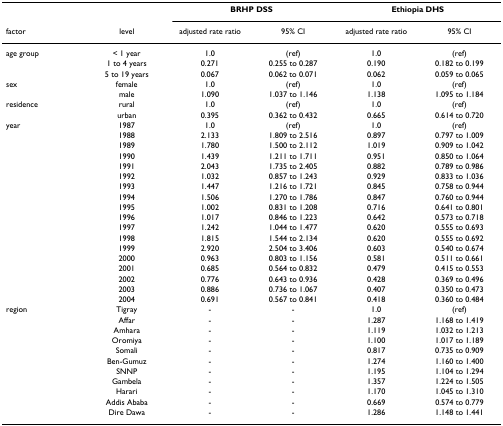
<table><thead><tr><td></td><td></td><td colspan="2"><b>BRHP DSS</b></td><td colspan="2"><b>Ethiopia DHS</b></td></tr><tr><td><b>factor</b></td><td><b>level</b></td><td><b>adjusted rate ratio</b></td><td><b>95% CI</b></td><td><b>adjusted rate ratio</b></td><td><b>95% CI</b></td></tr></thead><tbody><tr><td>age group</td><td>&lt; 1 year</td><td>1.0</td><td>(ref)</td><td>1.0</td><td>(ref)</td></tr><tr><td></td><td>1 to 4 years</td><td>0.271</td><td>0.255 to 0.287</td><td>0.190</td><td>0.182 to 0.199</td></tr><tr><td></td><td>5 to 19 years</td><td>0.067</td><td>0.062 to 0.071</td><td>0.062</td><td>0.059 to 0.065</td></tr><tr><td>sex</td><td>female</td><td>1.0</td><td>(ref)</td><td>1.0</td><td>(ref)</td></tr><tr><td></td><td>male</td><td>1.090</td><td>1.037 to 1.146</td><td>1.138</td><td>1.095 to 1.184</td></tr><tr><td>residence</td><td>rural</td><td>1.0</td><td>(ref)</td><td>1.0</td><td>(ref)</td></tr><tr><td></td><td>urban</td><td>0.395</td><td>0.362 to 0.432</td><td>0.665</td><td>0.614 to 0.720</td></tr><tr><td>year</td><td>1987</td><td>1.0</td><td>(ref)</td><td>1.0</td><td>(ref)</td></tr><tr><td></td><td>1988</td><td>2.133</td><td>1.809 to 2.516</td><td>0.897</td><td>0.797 to 1.009</td></tr><tr><td></td><td>1989</td><td>1.780</td><td>1.500 to 2.112</td><td>1.019</td><td>0.909 to 1.042</td></tr><tr><td></td><td>1990</td><td>1.439</td><td>1.211 to 1.711</td><td>0.951</td><td>0.850 to 1.064</td></tr><tr><td></td><td>1991</td><td>2.043</td><td>1.735 to 2.405</td><td>0.882</td><td>0.789 to 0.986</td></tr><tr><td></td><td>1992</td><td>1.032</td><td>0.857 to 1.243</td><td>0.929</td><td>0.833 to 1.036</td></tr><tr><td></td><td>1993</td><td>1.447</td><td>1.216 to 1.721</td><td>0.845</td><td>0.758 to 0.944</td></tr><tr><td></td><td>1994</td><td>1.506</td><td>1.270 to 1.786</td><td>0.847</td><td>0.760 to 0.944</td></tr><tr><td></td><td>1995</td><td>1.002</td><td>0.831 to 1.208</td><td>0.716</td><td>0.641 to 0.801</td></tr><tr><td></td><td>1996</td><td>1.017</td><td>0.846 to 1.223</td><td>0.642</td><td>0.573 to 0.718</td></tr><tr><td></td><td>1997</td><td>1.242</td><td>1.044 to 1.477</td><td>0.620</td><td>0.555 to 0.693</td></tr><tr><td></td><td>1998</td><td>1.815</td><td>1.544 to 2.134</td><td>0.620</td><td>0.555 to 0.692</td></tr><tr><td></td><td>1999</td><td>2.920</td><td>2.504 to 3.406</td><td>0.603</td><td>0.540 to 0.674</td></tr><tr><td></td><td>2000</td><td>0.963</td><td>0.803 to 1.156</td><td>0.581</td><td>0.511 to 0.661</td></tr><tr><td></td><td>2001</td><td>0.685</td><td>0.564 to 0.832</td><td>0.479</td><td>0.415 to 0.553</td></tr><tr><td></td><td>2002</td><td>0.776</td><td>0.643 to 0.936</td><td>0.428</td><td>0.369 to 0.496</td></tr><tr><td></td><td>2003</td><td>0.886</td><td>0.736 to 1.067</td><td>0.407</td><td>0.350 to 0.473</td></tr><tr><td></td><td>2004</td><td>0.691</td><td>0.567 to 0.841</td><td>0.418</td><td>0.360 to 0.484</td></tr><tr><td>region</td><td>Tigray</td><td>-</td><td>-</td><td>1.0</td><td>(ref)</td></tr><tr><td></td><td>Affar</td><td>-</td><td>-</td><td>1.287</td><td>1.168 to 1.419</td></tr><tr><td></td><td>Amhara</td><td>-</td><td>-</td><td>1.119</td><td>1.032 to 1.213</td></tr><tr><td></td><td>Oromiya</td><td>-</td><td>-</td><td>1.100</td><td>1.017 to 1.189</td></tr><tr><td></td><td>Somali</td><td>-</td><td>-</td><td>0.817</td><td>0.735 to 0.909</td></tr><tr><td></td><td>Ben-Gumuz</td><td>-</td><td>-</td><td>1.274</td><td>1.160 to 1.400</td></tr><tr><td></td><td>SNNP</td><td>-</td><td>-</td><td>1.195</td><td>1.104 to 1.294</td></tr><tr><td></td><td>Gambela</td><td>-</td><td>-</td><td>1.357</td><td>1.224 to 1.505</td></tr><tr><td></td><td>Harari</td><td>-</td><td>-</td><td>1.170</td><td>1.045 to 1.310</td></tr><tr><td></td><td>Addis Ababa</td><td>-</td><td>-</td><td>0.669</td><td>0.574 to 0.779</td></tr><tr><td></td><td>Dire Dawa</td><td>-</td><td>-</td><td>1.286</td><td>1.148 to 1.441</td></tr></tbody></table>